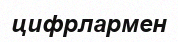
цифрлармен